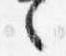
々